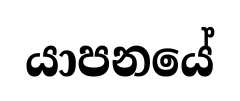
යාපනයේ